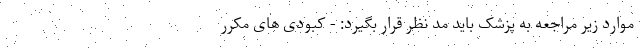
موارد زیر مراجعه به پزشک باید مد نظر قرار بگیرد: - کبودی های مکرر